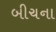
બીચના